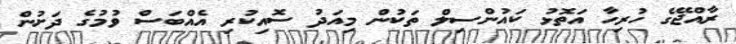
ރާއްޖޭގެ ހުރިހާ އަތޮޅު ކައުންސިލް ތަކުން މިއަދު ސޮއިކުރި އެއްބަސް ވުމުގެ ދަށުން